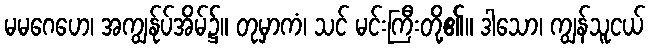
မမဂေဟေ၊ အကျွန်ုပ်အိမ်၌။ တုမှာကံ၊ သင် မင်းကြီးတို့၏။ ဒါသော၊ ကျွန်သူငယ်